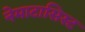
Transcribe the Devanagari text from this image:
नेमाटासिस्ट